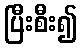
ပြီးစီး၍